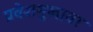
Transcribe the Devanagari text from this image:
प्रवेशमुखावर